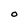
Character: O